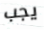
يجب